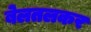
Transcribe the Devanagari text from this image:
बेलतलकर